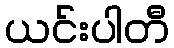
ယင်းပါတီ